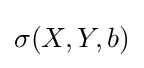
\sigma (X,Y,b)